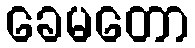
ခေမတော